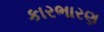
કારભારણ